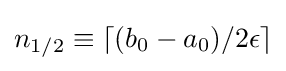
n_{1/2}\equiv \lceil (b_{0}-a_{0})/2\epsilon \rceil